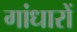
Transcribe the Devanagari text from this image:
गांधारों